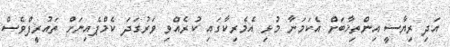
އަދި ރިޔާސީ އިންތިޚާބަށް އެކަމަނާ މުޅި އެމެރިކާގައި ކުރެއްވި ވަރުގަދަ ކެމްޕެއިނަށް ތައުރީފްވެސް